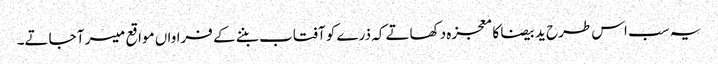
یہ سب اس طرح ید بیضا کا معجزہ دکھاتے کہ ذرے کو آفتاب بننے کے فراواں مواقع میسر آ جاتے۔